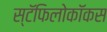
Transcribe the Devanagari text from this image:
स्टॅफिलोकॉकस